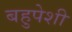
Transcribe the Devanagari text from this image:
बहुपेशी